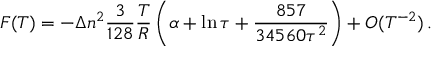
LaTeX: F ( T ) = - \Delta n ^ { 2 } \frac { 3 } { 1 2 8 } \frac { T } { R } \left( \alpha + \ln \tau + \frac { 8 5 7 } { 3 4 5 6 0 \tau ^ { 2 } } \right) + { \cal O } ( T ^ { - 2 } ) \, { . }